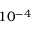
1 0 ^ { - 4 }